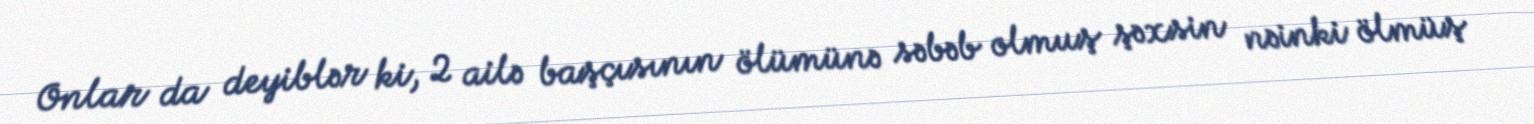
Onlar da deyiblər ki, 2 ailə başçısının ölümünə səbəb olmuş şəxsin nəinki ölmüş